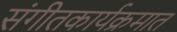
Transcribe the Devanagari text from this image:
संगीतकार्यक्रमात